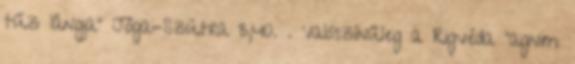
tűz lángja" Jóga-Szútra 3,40. . Valószínűleg a Rigvéda "agnim